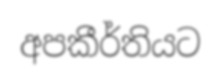
අපකීර්තියට